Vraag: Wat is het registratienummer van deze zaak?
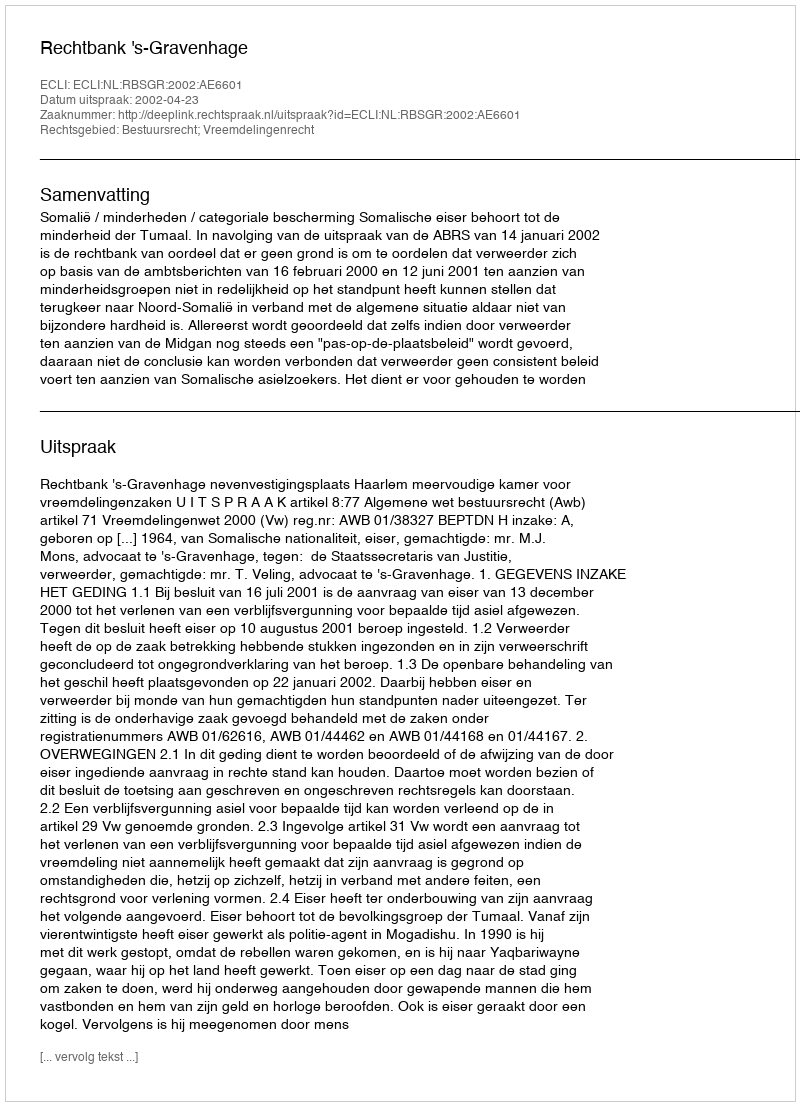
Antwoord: http://deeplink.rechtspraak.nl/uitspraak?id=ECLI:NL:RBSGR:2002:AE6601